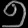
Digit: ၅